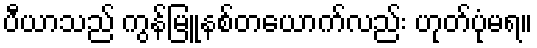
ပီယာသည် ကွန်မြူနစ်တယောက်လည်း ဟုတ်ပုံမရ။